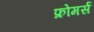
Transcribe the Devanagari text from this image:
फ्रोमर्स